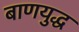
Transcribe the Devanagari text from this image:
बाणयुद्ध